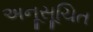
અનૂસૂચિત